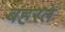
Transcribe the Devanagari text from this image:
बहरते